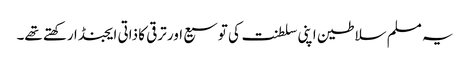
یہ مسلم سلاطین اپنی سلطنت کی توسیع اور ترقی کا ذاتی ایجنڈا رکھتے تھے۔